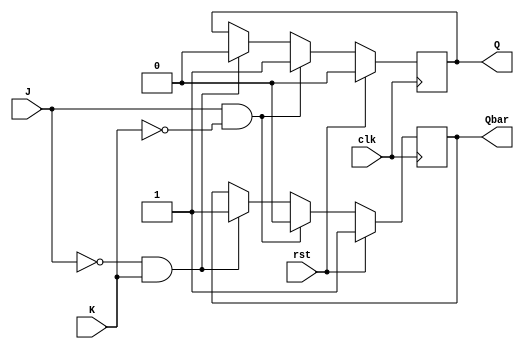
module jk_flipflop (
	input wire clk,
	input wire rst,
	input wire J,
	input wire K,
	output reg Q,
	output reg Qbar
);

always @(posedge clk) begin
	if (rst) begin
		Q <= 1'b0;
		Qbar <= 1'b1;
	end else begin
		if (J & ~K) begin
			Q <= 1'b1;
			Qbar <= 1'b0;
		end else if (~J & K) begin
			Q <= 1'b0;
			Qbar <= 1'b1;
		end
	end
end

endmodule